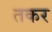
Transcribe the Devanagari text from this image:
तकर